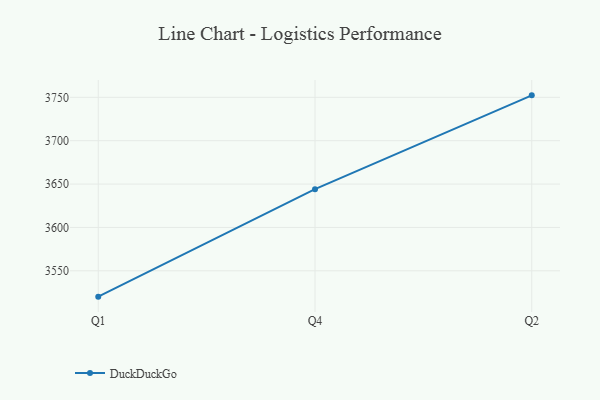
{"axis": {"x": "Quarter", "y": "LTV (USD)"}, "legend": ["DuckDuckGo"], "data": [{"x": "Q1", "y": 3520.2, "type": "DuckDuckGo"}, {"x": "Q4", "y": 3644.1, "type": "DuckDuckGo"}, {"x": "Q2", "y": 3752.3, "type": "DuckDuckGo"}]}